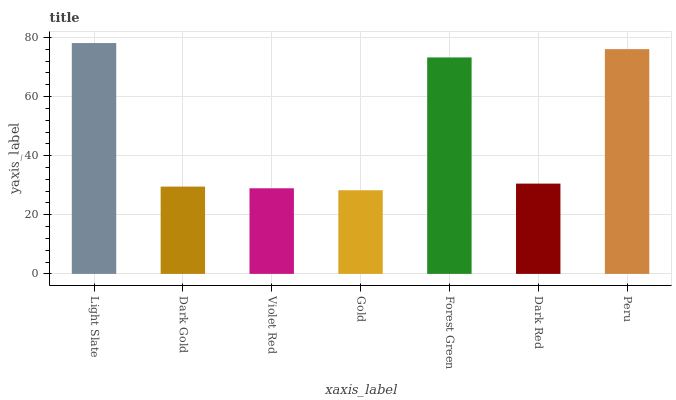
| xaxis_label | bars |
 | --- | --- |
 | Light Slate | 78.1 |
 | Dark Gold | 29.5 |
 | Violet Red | 29 |
 | Gold | 28.3 |
 | Forest Green | 73.3 |
 | Dark Red | 30.6 |
 | Peru | 76.1 |